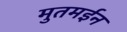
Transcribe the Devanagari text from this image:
मुतमईन